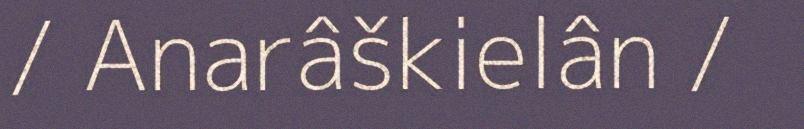
/ Anarâškielân /